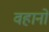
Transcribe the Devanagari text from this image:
वहानों